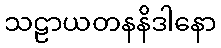
သဠာယတနနိဒါနော